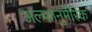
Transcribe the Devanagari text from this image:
अल्फानुमेरिक